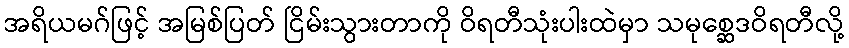
အရိယမဂ်ဖြင့် အမြစ်ပြတ် ငြိမ်းသွားတာကို ဝိရတီသုံးပါးထဲမှာ သမုစ္ဆေဒဝိရတီလို့